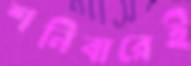
শনিবারেই